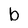
Character: b